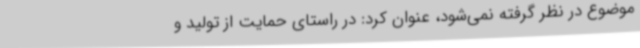
موضوع در نظر گرفته نمی‌شود، عنوان کرد: در راستای حمایت از تولید و